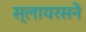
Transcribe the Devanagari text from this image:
स्लायरसने